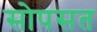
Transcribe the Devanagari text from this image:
सोपसत